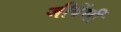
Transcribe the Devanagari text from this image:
जीवेंसीं